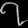
Digit: ၇